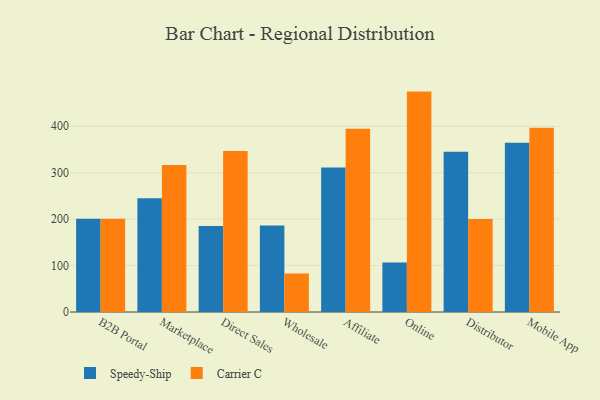
{"axis": {"x": "Channel", "y": "Bounce Rate (%)"}, "legend": ["Carrier C", "Speedy-Ship"], "data": [{"x": "B2B Portal", "y": 200.8, "type": "Speedy-Ship"}, {"x": "B2B Portal", "y": 200.6, "type": "Carrier C"}, {"x": "Marketplace", "y": 245.1, "type": "Speedy-Ship"}, {"x": "Marketplace", "y": 316.4, "type": "Carrier C"}, {"x": "Direct Sales", "y": 185.3, "type": "Speedy-Ship"}, {"x": "Direct Sales", "y": 346.7, "type": "Carrier C"}, {"x": "Wholesale", "y": 186.1, "type": "Speedy-Ship"}, {"x": "Wholesale", "y": 82.7, "type": "Carrier C"}, {"x": "Affiliate", "y": 311.0, "type": "Speedy-Ship"}, {"x": "Affiliate", "y": 394.8, "type": "Carrier C"}, {"x": "Online", "y": 106.5, "type": "Speedy-Ship"}, {"x": "Online", "y": 474.7, "type": "Carrier C"}, {"x": "Distributor", "y": 345.3, "type": "Speedy-Ship"}, {"x": "Distributor", "y": 200.3, "type": "Carrier C"}, {"x": "Mobile App", "y": 364.8, "type": "Speedy-Ship"}, {"x": "Mobile App", "y": 397.0, "type": "Carrier C"}]}